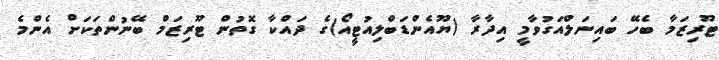
ޓޫރިޒަމާ ބެހޭ ބައިނަލްއަގުވާމީ އިދާރާ (ޔޫއެންޑަބްލިއުޓީއޯ)ގެ ދައްކާ ގޮތުން ޓޫރިޒަމް ބޭނުންތަކަށް އެންމެ